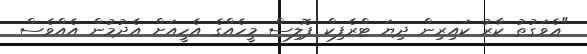
"ޢެވަގުތު ކާރު ކައިރިން ދިޔަ ޓްރެފިކް ޕޮލިސް މީހެއްގެ އެހީއަށް އެދުމުން އެއްވެސް